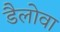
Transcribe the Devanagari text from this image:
डैलोवा